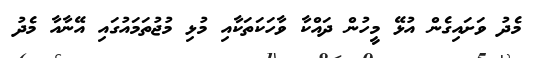
މެދު ވަށައިގެން އުޅޭ މީހުން ދައްކާ ވާހަކަތަކާއި މުޅި މުޖުތަމައުގައި އޭނާއާ މެދު